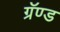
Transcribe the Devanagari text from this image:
ग्रॅण्ड